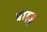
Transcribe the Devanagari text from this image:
बाइडू